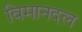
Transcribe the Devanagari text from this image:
विमानदल